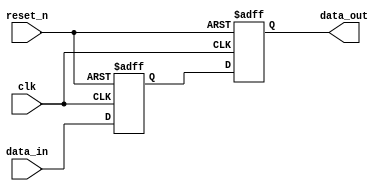
module reset_condition_example (
    input wire clk,        // Clock signal
    input wire reset_n,    // Active-low reset signal (asserted low)
    input wire [7:0] data_in, // Example input data
    output reg [7:0] data_out // Example output data
);

// Internal register to hold state
reg [7:0] state;

// Asynchronous reset behavior
always @(posedge clk or negedge reset_n) begin
    if (!reset_n) begin
        // Reset condition: Initialize state to zero
        state <= 8'b0;        // Reset internal state to zero
        data_out <= 8'b0;     // Reset output data to zero
    end else begin
        // Normal operation: Update state based on input
        state <= data_in;     // Example: change state based on input
        data_out <= state;    // Output the current state
    end
end

endmodule